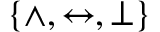
\{ \land , \leftrightarrow , \bot \}